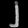
Digit: ၂